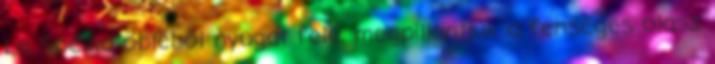
La Spezia öbléből nyugat felé, megpillantjuk a fenséges olasz